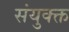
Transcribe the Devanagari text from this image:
संयुक्क्त